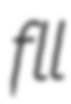
fll